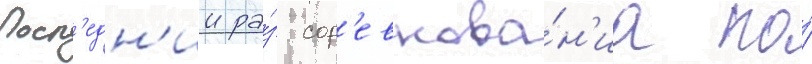
Посл'едн'ии ра́з сор'евнова́н'иа по́